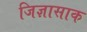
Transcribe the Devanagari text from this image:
जिज्ञासाक